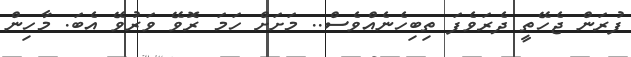
ފުރަން ޖެހޭތީ ދެރަވެފަ ތިބިހެނެއްވެސް.. މަށަށް ހަމަ ރޮވޭ ވަރުވޭ އެބަ. މާހިން